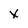
Character: X